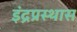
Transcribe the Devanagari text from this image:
इंद्रप्रस्थास